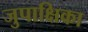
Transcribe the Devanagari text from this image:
जुपाक्षिका